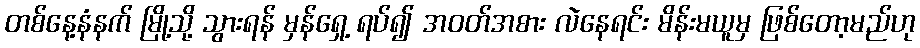
တစ်နေ့နံနက် မြို့သို့ သွားရန် မှန်ရှေ့ ရပ်၍ အဝတ်အစား လဲနေရင်း မိန်းမယူမှ ဖြစ်တော့မည်ဟု